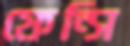
ফেন্সি